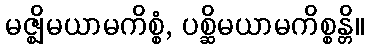
မဇ္ဈိမယာမကိစ္စံ, ပစ္ဆိမယာမကိစ္စန္တိ။